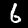
Digit: 6